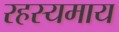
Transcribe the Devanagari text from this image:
रहस्यमाय